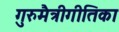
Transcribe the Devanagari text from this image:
गुरुमैत्रीगीतिका